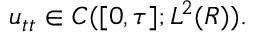
u _ { t t } \in C ( [ 0 , \tau ] ; L ^ { 2 } ( R ) ) .